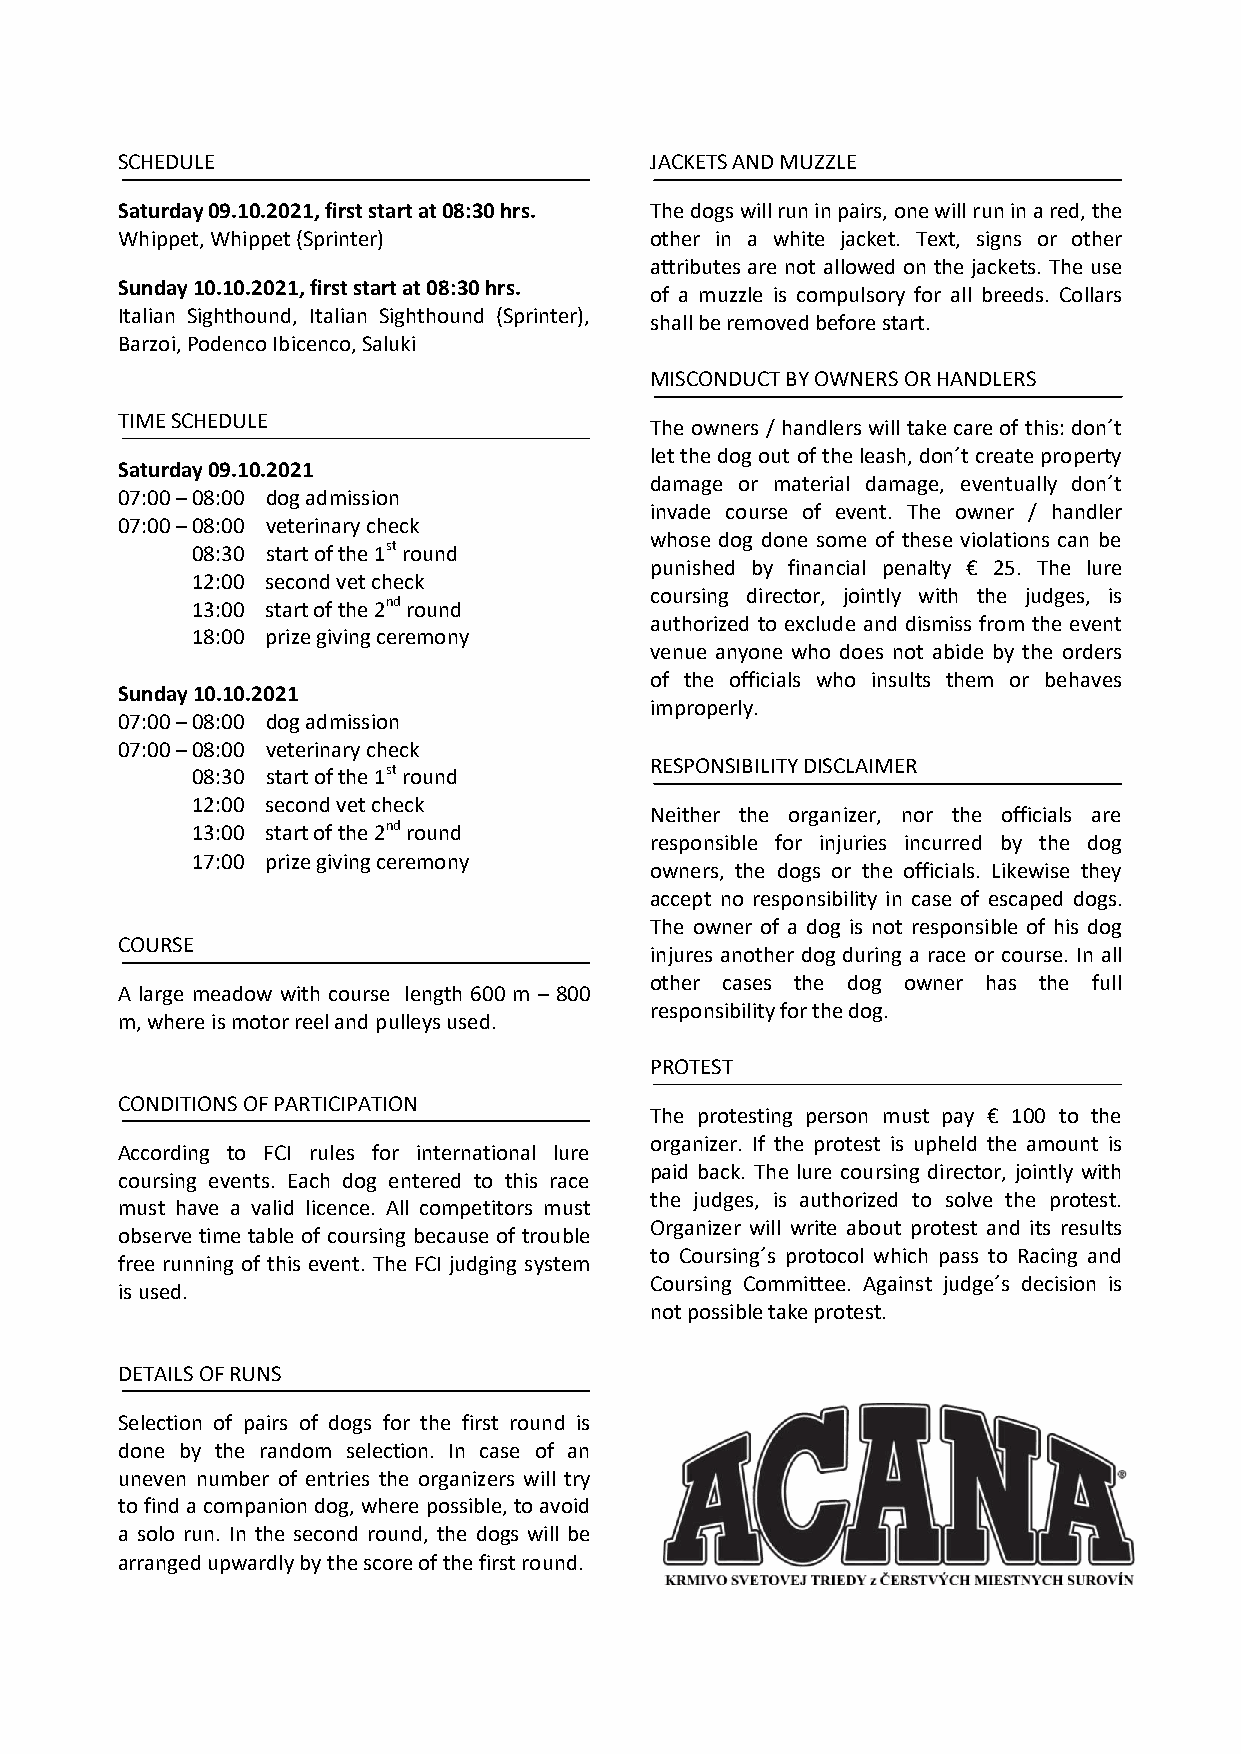
SCHEDULE                           JACKETS AND MUZZLE
 Saturday 09.10.2021, first start at 08:30 hrs. The dogs will run in pairs, one will run in a red, the
 Whippet, Whippet (Sprinter)        other in a white jacket. Text, signs or other
 attributes are not allowed on the jackets. The use
 Sunday 10.10.2021, first start at 08:30 hrs.
 of a muzzle is compulsory for all breeds. Collars
 Italian Sighthound, Italian Sighthound (Sprinter),
 shall be removed before start.
 Barzoi, Podenco Ibicenco, Saluki
 MISCONDUCT BY OWNERS OR HANDLERS
 TIME SCHEDULE
 The owners / handlers will take care of this: don´t
 let the dog out of the leash, don´t create property
 Saturday 09.10.2021
 damage or material damage, eventually don´t
 07:00 – 08:00 dog admission
 invade course of event. The owner / handler
 07:00 – 08:00 veterinary check
 whose dog done some of these violations can be
 08:30 start of the 1st round
 punished by financial penalty € 25. The lure
 12:00 second vet check
 coursing director, jointly with the judges, is
 13:00 start of the 2nd round
 authorized to exclude and dismiss from the event
 18:00 prize giving ceremony
 venue anyone who does not abide by the orders
 of the officials who insults them or behaves
 Sunday 10.10.2021
 improperly.
 07:00 – 08:00 dog admission
 07:00 – 08:00 veterinary check
 RESPONSIBILITY DISCLAIMER
 08:30 start of the 1st round
 12:00 second vet check
 Neither the organizer, nor the officials are
 13:00 start of the 2nd round
 responsible for injuries incurred by the dog
 17:00 prize giving ceremony
 owners, the dogs or the officials. Likewise they
 accept no responsibility in case of escaped dogs.
 The owner of a dog is not responsible of his dog
 COURSE
 injures another dog during a race or course. In all
 other cases the dog owner has the full
 A large meadow with course length 600 m – 800
 responsibility for the dog.
 m, where is motor reel and pulleys used.
 PROTEST
 CONDITIONS OF PARTICIPATION
 The protesting person must pay € 100 to the
 organizer. If the protest is upheld the amount is
 According to FCI rules for international lure
 paid back. The lure coursing director, jointly with
 coursing events. Each dog entered to this race
 the judges, is authorized to solve the protest.
 must have a valid licence. All competitors must
 Organizer will write about protest and its results
 observe time table of coursing because of trouble
 to Coursing´s protocol which pass to Racing and
 free running of this event. The FCI judging system
 Coursing Committee. Against judge´s decision is
 is used.
 not possible take protest.
 DETAILS OF RUNS
 Selection of pairs of dogs for the first round is
 done by the random selection. In case of an
 uneven number of entries the organizers will try
 to find a companion dog, where possible, to avoid
 a solo run. In the second round, the dogs will be
 arranged upwardly by the score of the first round.